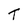
Character: t